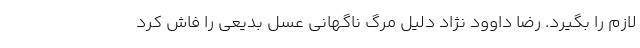
لازم را بگیرد. رضا داوود نژاد دلیل مرگ ناگهانی عسل بدیعی را فاش کرد